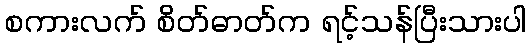
စကားလက် စိတ်ဓာတ်က ရင့်သန်ပြီးသားပါ